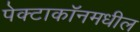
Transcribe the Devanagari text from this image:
पेक्टाकॉनमधील